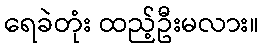
ရေခဲတုံး ထည့်ဦးမလား။